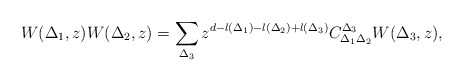
\begin{align*} {W(\Delta_1,z) W(\Delta_2,z) = \sum_{\Delta_3}z^{d-l(\Delta_1)-l(\Delta_2)+l(\Delta_3)}C_{\Delta_1\Delta_2}^{\Delta_3} W(\Delta_3,z) },\end{align*}